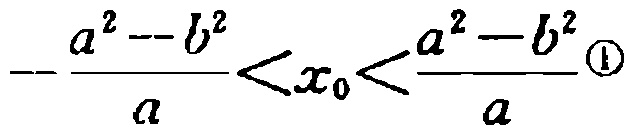
\(-\frac{a^{2}-b^{2}}{a}<x_{0}<\frac{a^{2}-b^{2}}{a}\tag{1}\)